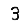
Digit: 3